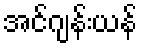
အင်ဂျန်းယန်